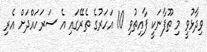
ވިދާޅުވީ މި ތޫފާނަކީ ފާއިތުވި 10 އަހަރުގެ ތެރޭގައި އެ ސަރަހައްދަށް އެރި